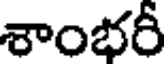
శాంభరీ